Juri_Uluots, lk 9
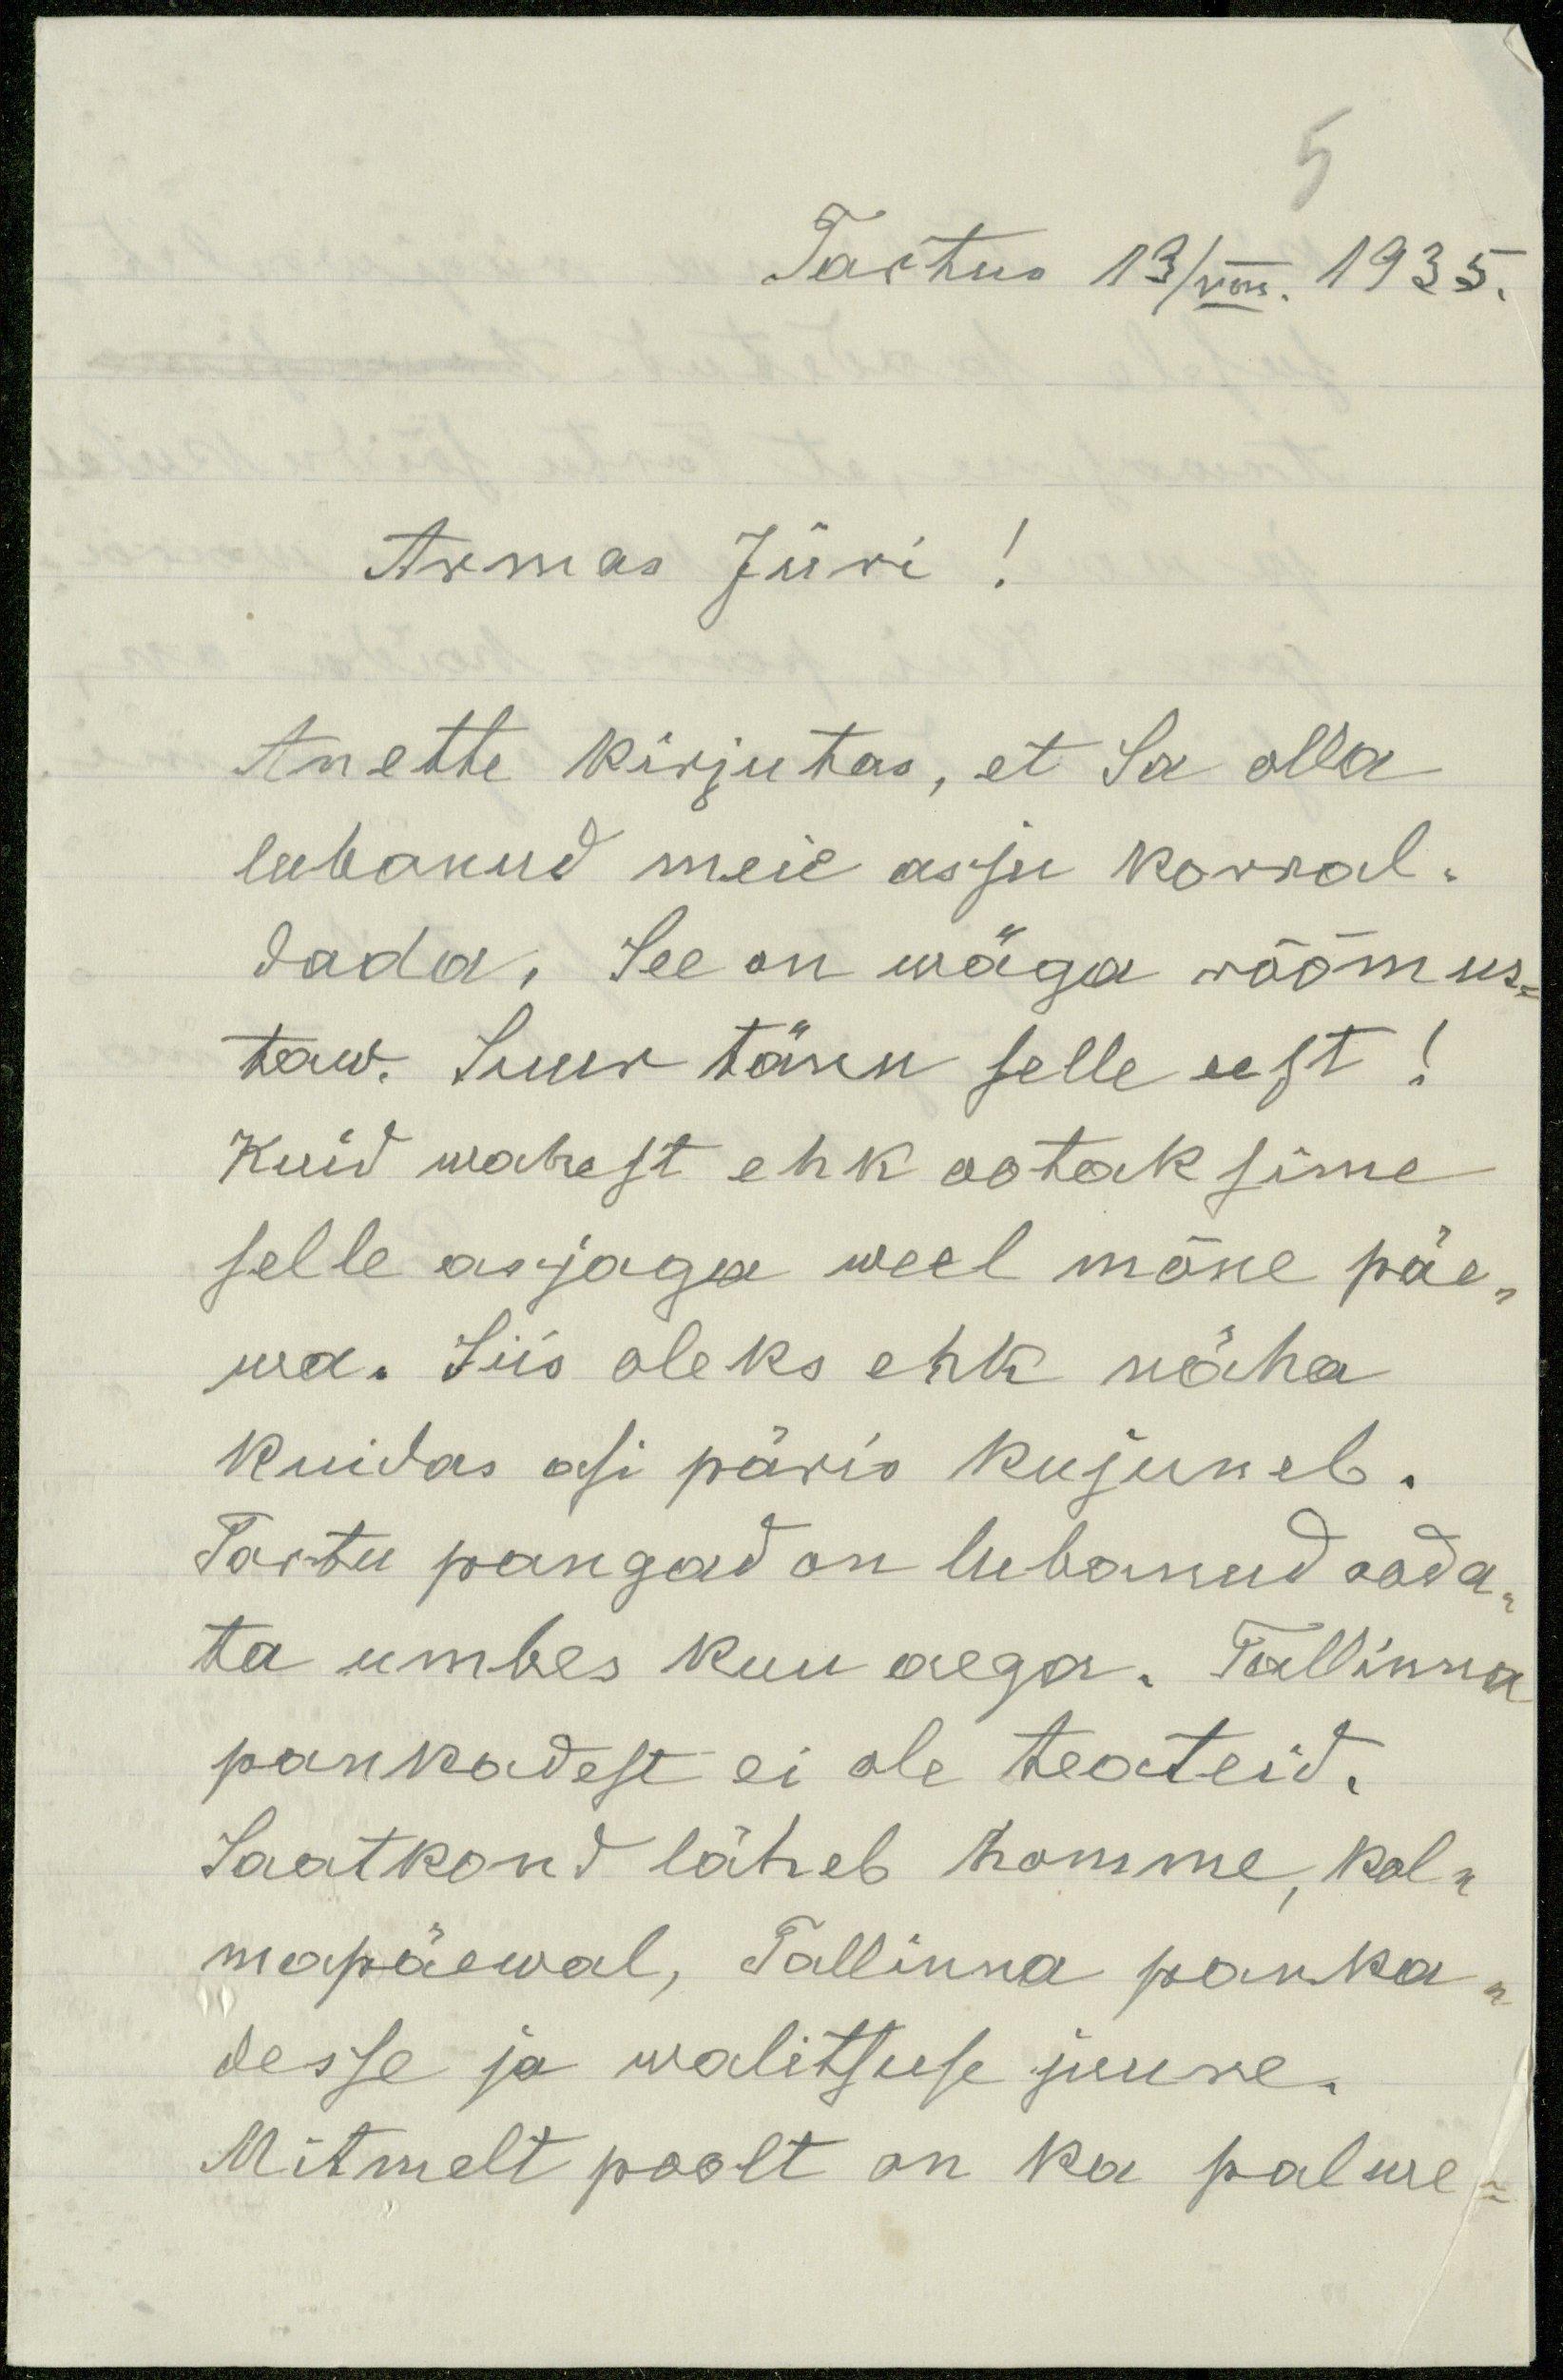
Tartus 13/VII. 1935.
Armas Jüri!
Anette kirjutas, et Sa olla
lubanud meie asju korral-
dada. See on wäga rõõmus-
taw. Suur tänu selle eest!
Kuid wahest ehk ootaksime
selle asjaga weel mõne päe-
wa. Siis oleks ehk näha
kuidas asi päris kujuneb.
Tartu pangad on lubanud aada-
ta umbes kuu aega. Tallinna
pankadest ei ole teateid.
Saatkond läheb homme, kol-
mapäewal, Tallinna panka-
desse ja walitsuse juure.
Mitmelt poolt on ka palwe-